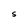
Character: S